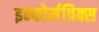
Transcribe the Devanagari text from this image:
इन्फोर्मत्रिक्स